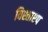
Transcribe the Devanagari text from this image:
विश्ताश्प